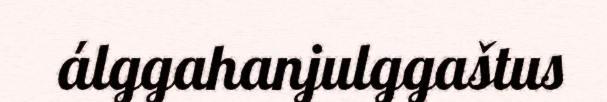
álggahanjulggaštus